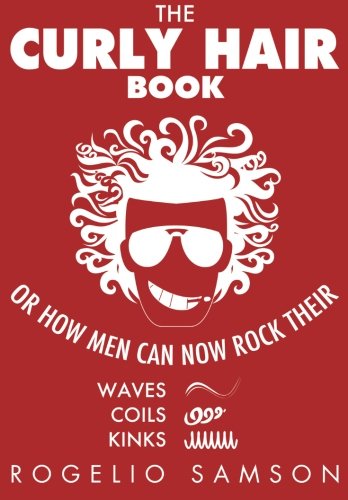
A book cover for The Curly Hair Book: Or How Men Can Now Rock Their Waves, Coils And Kinks; Rogelio Samson; Health, Fitness & Dieting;